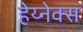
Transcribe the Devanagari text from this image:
हेय्नेक्स